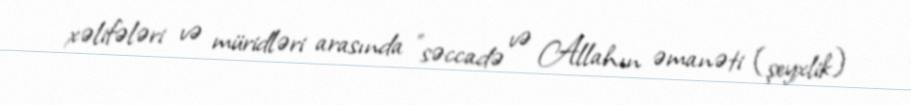
xəlifələri və müridləri arasında "səccadə və Allahın əmanəti (şeyxlik)